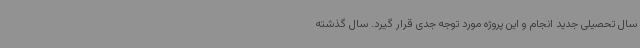
سال تحصیلی جدید انجام و این پروژه مورد توجه جدی قرار گیرد. سال گذشته